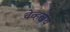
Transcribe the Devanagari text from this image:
वेव्हलेंथ